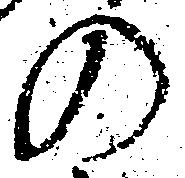
の